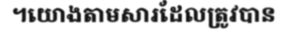
។យោងតាមសារដែលត្រូវបាន